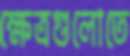
ক্ষেত্রগুলোতে